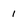
Character: 1